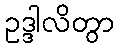
ဥဒ္ဒါလိတွာ